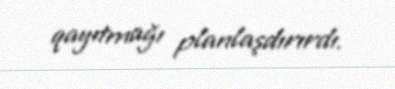
qayıtmağı planlaşdırırdı.